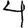
Digit: 4